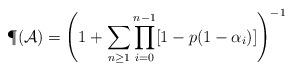
LaTeX: \begin{align*}\P(\mathcal{A})=\left(1+\sum_{n\ge1}\prod_{i=0}^{n-1}[1-p(1-\alpha_i)]\right)^{-1}\end{align*}